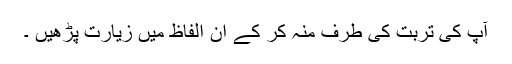
آپ کی تربت کی طرف منہ کر کے ان الفاظ میں زیارت پڑھیں ۔